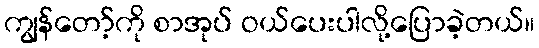
ကျွန်တော့်ကို စာအုပ် ဝယ်ပေးပါလို့ပြောခဲ့တယ်။